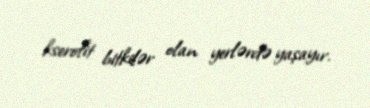
kserofit bitkilər olan yerlərdə yaşayır.